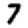
Digit: 7